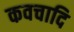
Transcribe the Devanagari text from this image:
कवचादि